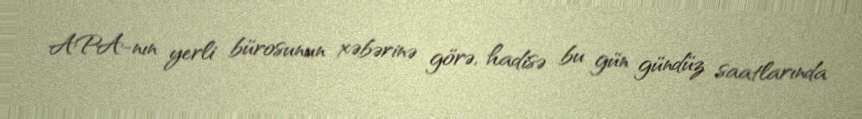
APA-nın yerli bürosunun xəbərinə görə, hadisə bu gün gündüz saatlarında